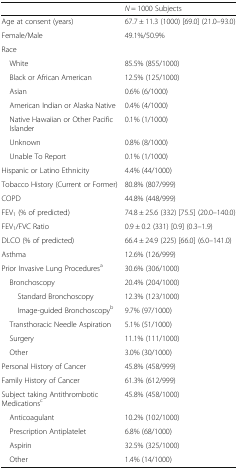
<table><thead><tr><td></td><td><b><i>N</i> = 1000 Subjects</b></td></tr></thead><tbody><tr><td>Age at consent (years)</td><td>67.7 ± 11.3 (1000) [69.0] (21.0–93.0)</td></tr><tr><td>Female/Male</td><td>49.1%/50.9%</td></tr><tr><td colspan="2">Race</td></tr><tr><td> White</td><td>85.5% (855/1000)</td></tr><tr><td> Black or African American</td><td>12.5% (125/1000)</td></tr><tr><td> Asian</td><td>0.6% (6/1000)</td></tr><tr><td> American Indian or Alaska Native</td><td>0.4% (4/1000)</td></tr><tr><td> Native Hawaiian or Other Pacific Islander</td><td>0.1% (1/1000)</td></tr><tr><td> Unknown</td><td>0.8% (8/1000)</td></tr><tr><td> Unable To Report</td><td>0.1% (1/1000)</td></tr><tr><td>Hispanic or Latino Ethnicity</td><td>4.4% (44/1000)</td></tr><tr><td>Tobacco History (Current or Former)</td><td>80.8% (807/999)</td></tr><tr><td>COPD</td><td>44.8% (448/999)</td></tr><tr><td>FEV<sub>1</sub> (% of predicted)</td><td>74.8 ± 25.6 (332) [75.5] (20.0–140.0)</td></tr><tr><td>FEV<sub>1</sub>/FVC Ratio</td><td>0.9 ± 0.2 (331) [0.9] (0.3–1.9)</td></tr><tr><td>DLCO (% of predicted)</td><td>66.4 ± 24.9 (225) [66.0] (6.0–141.0)</td></tr><tr><td>Asthma</td><td>12.6% (126/999)</td></tr><tr><td>Prior Invasive Lung Procedures<sup>a</sup></td><td>30.6% (306/1000)</td></tr><tr><td> Bronchoscopy</td><td>20.4% (204/1000)</td></tr><tr><td>Standard Bronchoscopy</td><td>12.3% (123/1000)</td></tr><tr><td>Image-guided Bronchoscopy<sup>b</sup></td><td>9.7% (97/1000)</td></tr><tr><td> Transthoracic Needle Aspiration</td><td>5.1% (51/1000)</td></tr><tr><td> Surgery</td><td>11.1% (111/1000)</td></tr><tr><td> Other</td><td>3.0% (30/1000)</td></tr><tr><td>Personal History of Cancer</td><td>45.8% (458/999)</td></tr><tr><td>Family History of Cancer</td><td>61.3% (612/999)</td></tr><tr><td>Subject taking Antithrombotic Medications<sup>c</sup></td><td>45.8% (458/1000)</td></tr><tr><td> Anticoagulant</td><td>10.2% (102/1000)</td></tr><tr><td> Prescription Antiplatelet</td><td>6.8% (68/1000)</td></tr><tr><td> Aspirin</td><td>32.5% (325/1000)</td></tr><tr><td> Other</td><td>1.4% (14/1000)</td></tr></tbody></table>